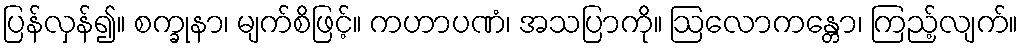
ပြန်လှန်၍။ စက္ခုနာ၊ မျက်စိဖြင့်။ ကဟာပဏံ၊ အသပြာကို။ ဩလောကန္တော၊ ကြည့်လျက်။